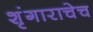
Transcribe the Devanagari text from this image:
शृंगाराचेच